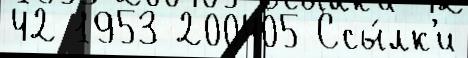
42 1953 200405 Ссы́лк'и